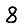
Digit: 8